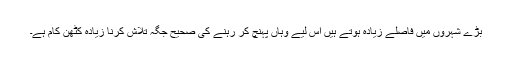
بڑے شہروں میں فاصلے زیادہ ہوتے ہیں اس لیے وہاں پہنچ کر رہنے کی صحیح جگہ تلاش کرنا زیادہ کٹھن کام ہے۔